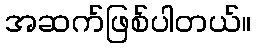
အဆက်ဖြစ်ပါတယ်။